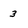
Character: 3